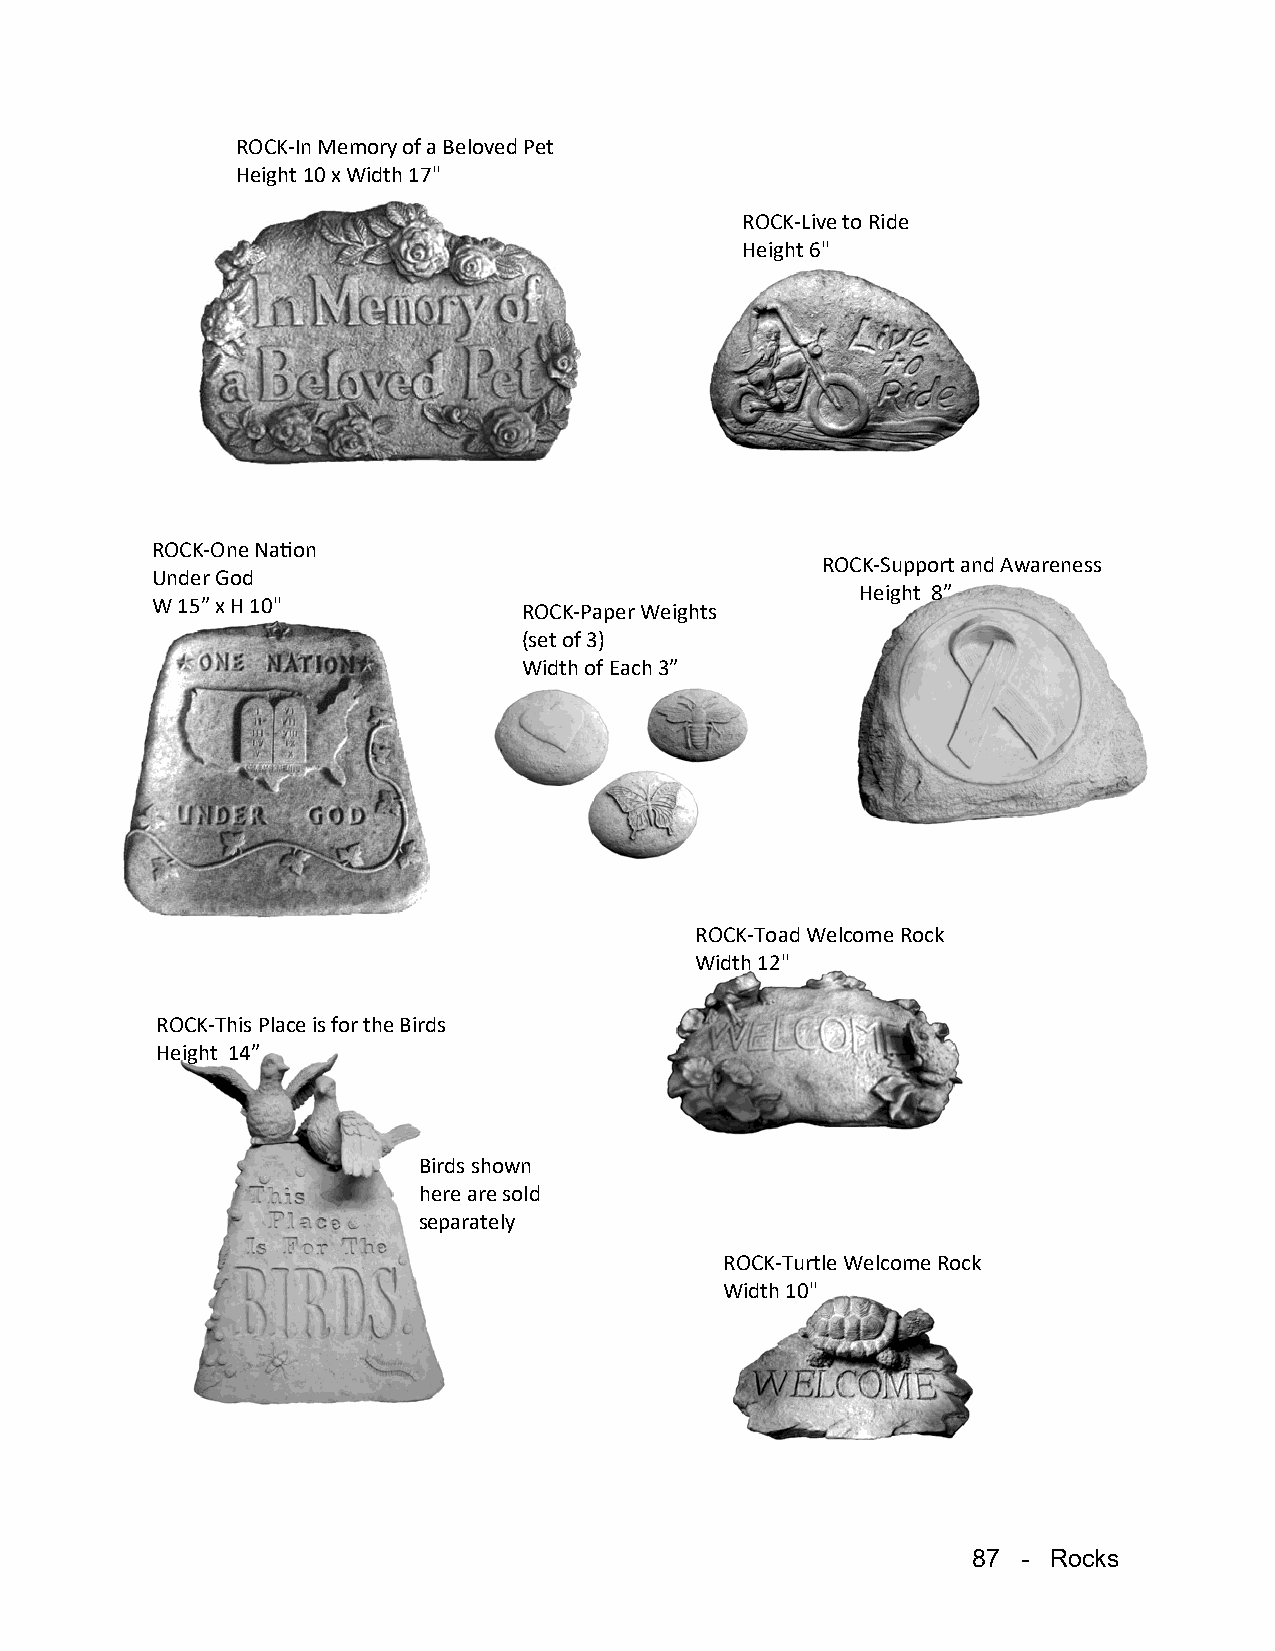
ROCK-In Memory of a Beloved Pet
 Height 10 x Width 17"
 ROCK-Live to Ride
 Height 6"
 ROCK-One Nation
 ROCK-Support and Awareness
 Under God
 Height 8”
 W 15” x H 10"            ROCK-Paper Weights
 (set of 3)
 Width of Each 3”
 ROCK-Toad Welcome Rock
 Width 12"
 ROCK-This Place is for the Birds
 Height 14”
 Birds shown
 here are sold
 separately
 ROCK-Turtle Welcome Rock
 Width 10"
 87  - Rocks